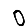
Digit: 0